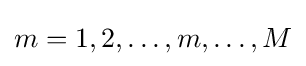
m=1,2,\ldots ,m,\ldots ,M